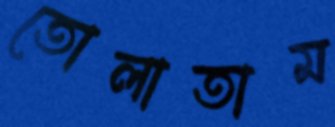
তোলাতাম